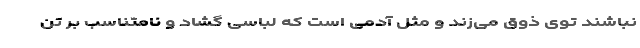
نباشند توی ذوق می‌زند و مثل آدمی است که لباسی گشاد و نامتناسب بر تن